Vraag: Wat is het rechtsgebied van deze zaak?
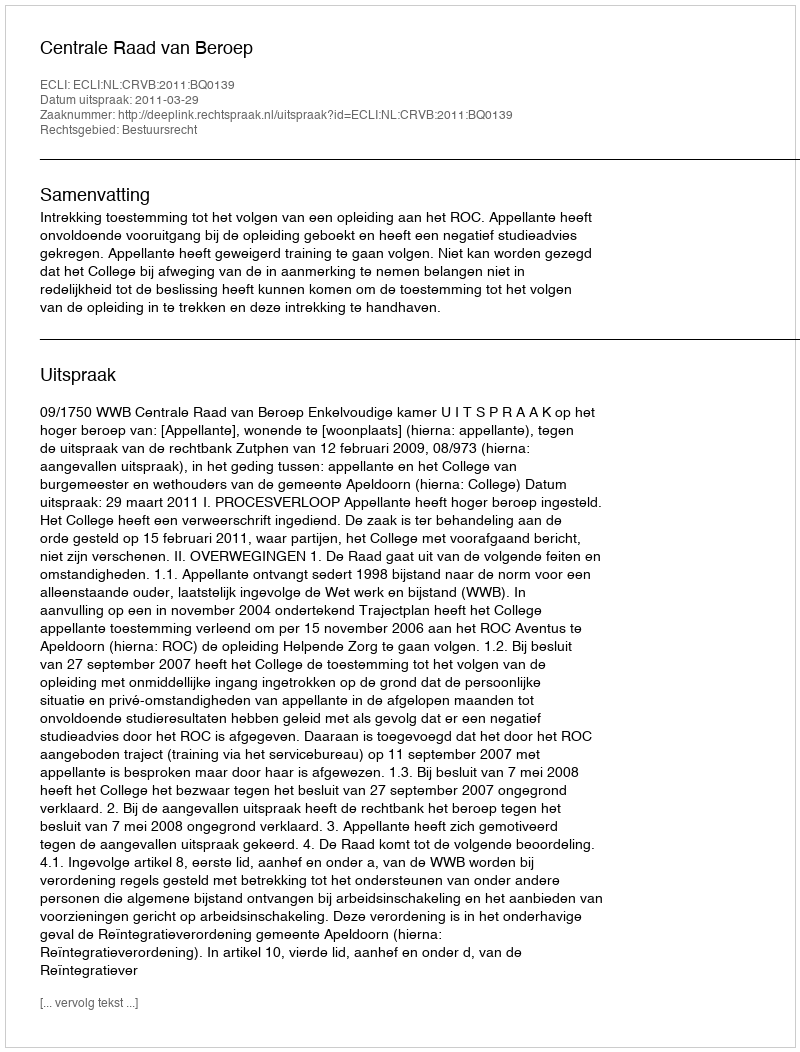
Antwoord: Bestuursrecht